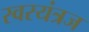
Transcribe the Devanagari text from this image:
स्वरयंत्रज